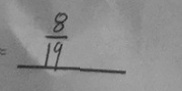
\frac { 8 } { 1 9 }